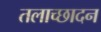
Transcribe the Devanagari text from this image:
तलाच्छादन